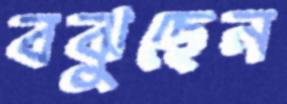
বঝুছেন